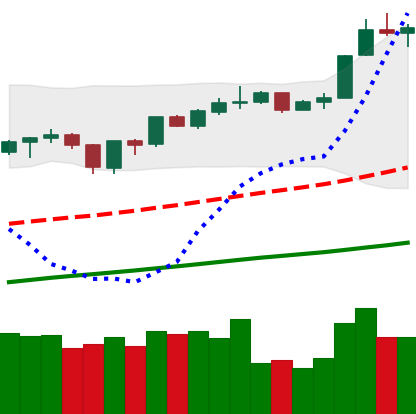
Ticker: ETH-USD
Chart end date: 2019-06-24
Forward return: 3.104%
Label: up_3_5